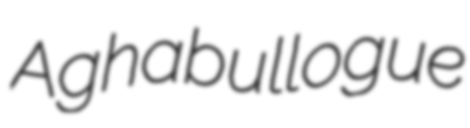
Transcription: Aghabullogue